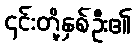
၎င်းတို့နှစ်ဦး၏